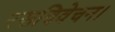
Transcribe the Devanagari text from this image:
रसविवेचन।